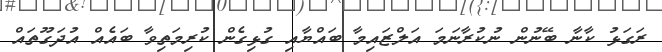
ރަގަޅު ކާނާ ބޭނުން ނުކުރާނަމަ އަލްޒައިމާ ބައްޔާއި ގުޅިގެން ކުރިމަތިވާ ބައެއް އުދަގޫތައް